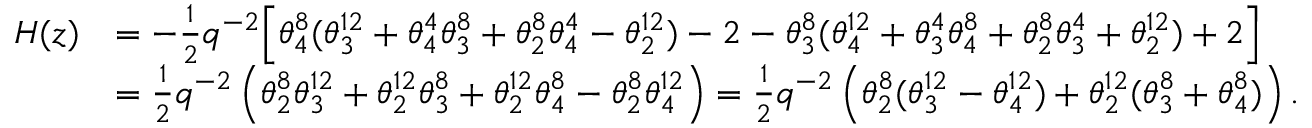
\begin{array} { r l } { H ( z ) } & { = - \frac 1 2 q ^ { - 2 } \Big [ \theta _ { 4 } ^ { 8 } ( \theta _ { 3 } ^ { 1 2 } + \theta _ { 4 } ^ { 4 } \theta _ { 3 } ^ { 8 } + \theta _ { 2 } ^ { 8 } \theta _ { 4 } ^ { 4 } - \theta _ { 2 } ^ { 1 2 } ) - 2 - \theta _ { 3 } ^ { 8 } ( \theta _ { 4 } ^ { 1 2 } + \theta _ { 3 } ^ { 4 } \theta _ { 4 } ^ { 8 } + \theta _ { 2 } ^ { 8 } \theta _ { 3 } ^ { 4 } + \theta _ { 2 } ^ { 1 2 } ) + 2 \Big ] } \\ & { = \frac 1 2 q ^ { - 2 } \left( \theta _ { 2 } ^ { 8 } \theta _ { 3 } ^ { 1 2 } + \theta _ { 2 } ^ { 1 2 } \theta _ { 3 } ^ { 8 } + \theta _ { 2 } ^ { 1 2 } \theta _ { 4 } ^ { 8 } - \theta _ { 2 } ^ { 8 } \theta _ { 4 } ^ { 1 2 } \right) = \frac 1 2 q ^ { - 2 } \left( \theta _ { 2 } ^ { 8 } ( \theta _ { 3 } ^ { 1 2 } - \theta _ { 4 } ^ { 1 2 } ) + \theta _ { 2 } ^ { 1 2 } ( \theta _ { 3 } ^ { 8 } + \theta _ { 4 } ^ { 8 } ) \right) . } \end{array}